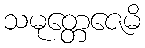
သမုတ္တေဇေမိ